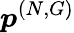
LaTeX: \boldsymbol{p}^{(N,G)}